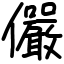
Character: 儼